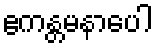
ဧကန္တမနာပေါ